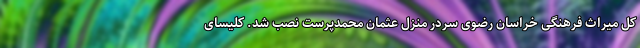
‌کل میراث ‌فرهنگی خراسان ‌رضوی سردر منزل عثمان محمدپرست نصب شد. کلیسای